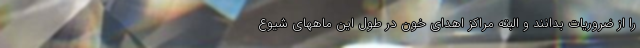
را از ضروریات بدانند و البته مراکز اهدای خون در طول این ماههای شیوع